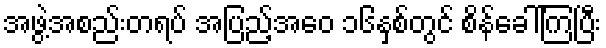
အဖွဲ့အစည်းတရပ် အပြည့်အဝေ ၁၆နှစ်တွင် စိန်ခေါ်ကြပြီး